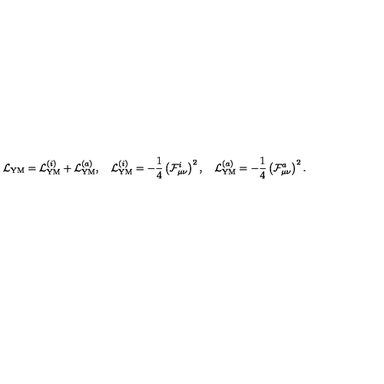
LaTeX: { \cal L } _ { \mathrm { Y M } } = { \cal L } _ { \mathrm { Y M } } ^ { ( i ) } + { \cal L } _ { \mathrm { Y M } } ^ { ( a ) } , \quad { \cal L } _ { \mathrm { Y M } } ^ { ( i ) } = - \frac 1 4 \left( { \cal F } _ { \mu \nu } ^ { i } \right) ^ { 2 } , \quad { \cal L } _ { \mathrm { Y M } } ^ { ( a ) } = - \frac 1 4 \left( { \cal F } _ { \mu \nu } ^ { a } \right) ^ { 2 } .